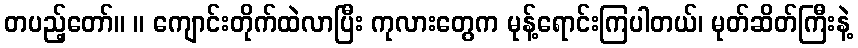
တပည့်တော်။ ။ ကျောင်းတိုက်ထဲလာပြီး ကုလားတွေက မုန့်ရောင်းကြပါတယ်၊ မုတ်ဆိတ်ကြီးနဲ့